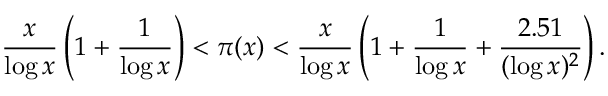
{ \frac { x } { \log x } } \left( 1 + { \frac { 1 } { \log x } } \right) < \pi ( x ) < { \frac { x } { \log x } } \left( 1 + { \frac { 1 } { \log x } } + { \frac { 2 . 5 1 } { ( \log x ) ^ { 2 } } } \right) .